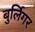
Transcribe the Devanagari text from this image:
बुर्लिगर